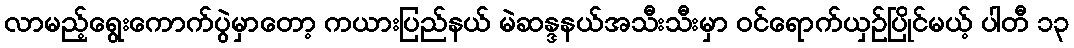
လာမည့်ရွေးကောက်ပွဲမှာတော့ ကယားပြည်နယ် မဲဆန္ဒနယ်အသီးသီးမှာ ဝင်ရောက်ယှဉ်ပြိုင်မယ့် ပါတီ ၁၃